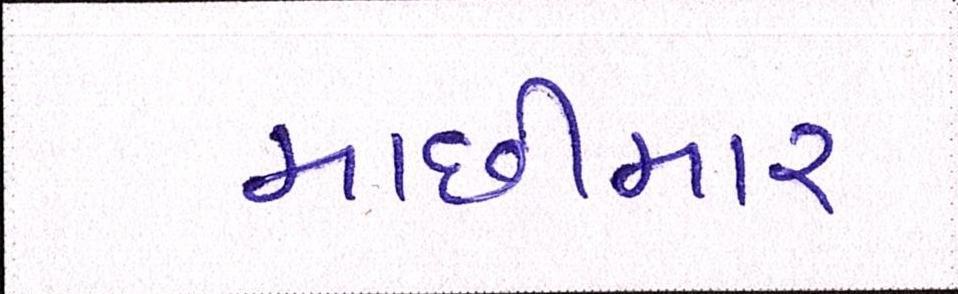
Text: માછીમાર